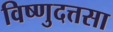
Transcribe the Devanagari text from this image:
विष्णुदत्तसा